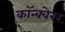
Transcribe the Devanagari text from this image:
कॉन्क्वेरर